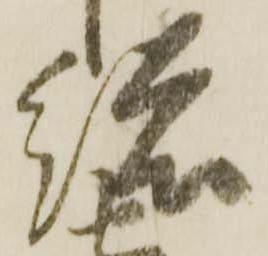
総